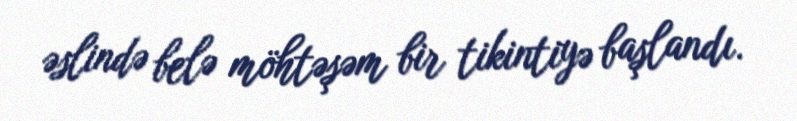
əslində belə möhtəşəm bir tikintiyə başlandı.